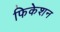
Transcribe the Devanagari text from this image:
फिकेशन